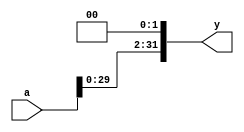
module sl2(
        input [31:0] a,
        output [31:0] y
    );
    
    assign y={a[29:0],2'b00};
endmodule